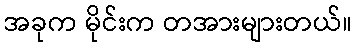
အခုက မိုင်းက တအားများတယ်။